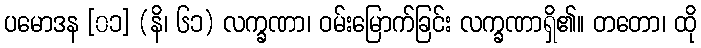
ပမောဒန [၀၁] (နိ၊ ၆၁) လက္ခဏာ၊ ဝမ်းမြောက်ခြင်း လက္ခဏာရှိ၏။ တတော၊ ထို